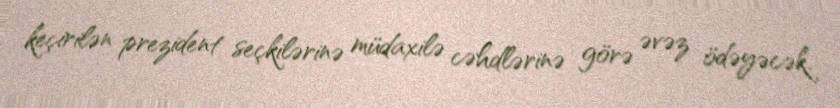
keçirilən prezident seçkilərinə müdaxilə cəhdlərinə görə əvəz ödəyəcək.